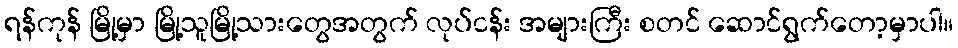
ရန်ကုန် မြို့မှာ မြို့သူမြို့သားတွေအတွက် လုပ်ငန်း အများကြီး စတင် ဆောင်ရွက်တော့မှာပါ။